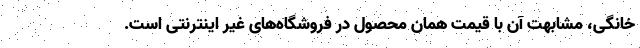
خانگی، مشابهت آن با قیمت همان محصول در فروشگاه‌های غیر اینترنتی است.